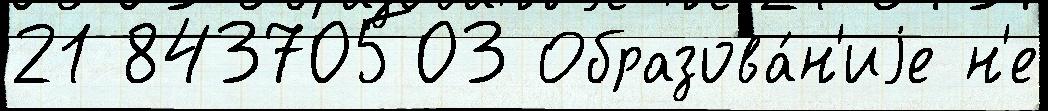
21 84370503 Образова́н'иjе н'е